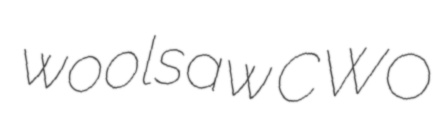
woolsaw CWO